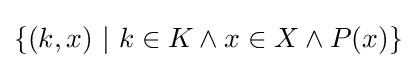
\{(k,x)\ |\ k\in K\wedge x\in X\wedge P(x)\}